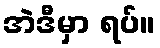
အဲဒီမှာ ရပ်။